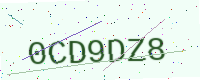
Text: 0CD9DZ8